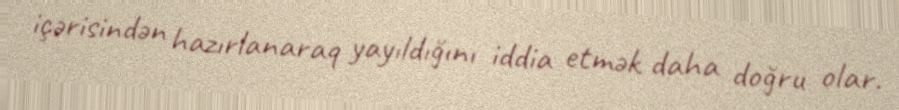
içərisindən hazırlanaraq yayıldığını iddia etmək daha doğru olar.